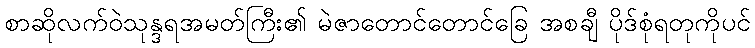
စာဆိုလက်ဝဲသုန္ဒရအမတ်ကြီး၏ မဲဇာတောင်တောင်ခြေ အစချီ ပိုဒ်စုံရတုကိုပင်